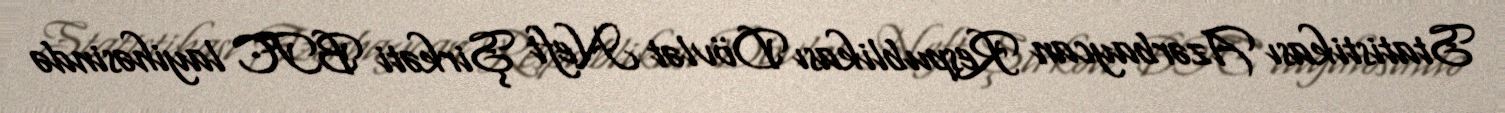
Statistikası Azərbaycan Respublikası Dövlət Neft Şirkəti BTC layihəsində